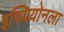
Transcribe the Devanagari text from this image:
इच्यियोनला